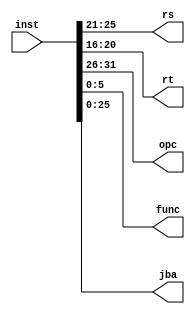
`timescale 1ns / 1ps

module split(input [31:0] inst, output[4:0]rs,rt,output[5:0]opc,func,output[25:0]jba);
assign rs=inst[25:21];
assign rt=inst[20:16];
assign opc=inst[31:26];
assign func=inst[5:0];
assign jba=inst[25:0];
//se={{16{instruction[15]}},instruction[15:0]};
endmodule